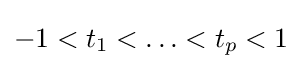
-1<t_{1}<\ldots <t_{p}<1